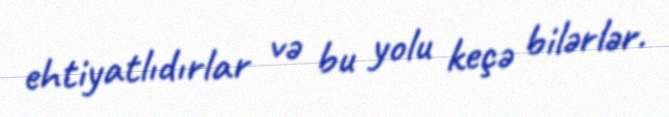
ehtiyatlıdırlar və bu yolu keçə bilərlər.